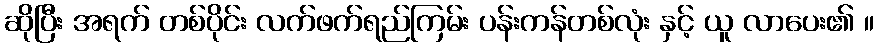
ဆိုပြီး အရက် တစ်ပိုင်း လက်ဖက်ရည်ကြမ်း ပန်းကန်တစ်လုံး နှင့် ယူ လာပေး၏ ။